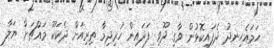
ހަމައެހިނދު ދެފައިކޮޅުން ވާގި ދޫވި ފަދައިން ހުރިދިމާ ތިރިއަށް ދެކަކޫ މައްޗަށް ޔަލާ